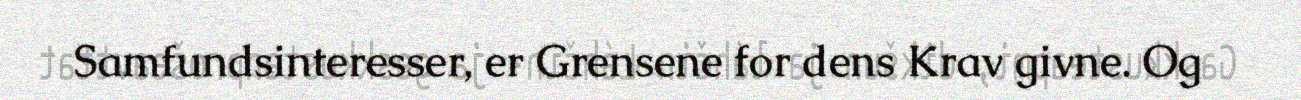
Samfundsinteresser, er Grensene for dens Krav givne. Og